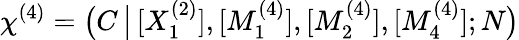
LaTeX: \chi^{(4)}=\big(C\, \big|\, [X_{1}^{(2)}],[M_{1}^{(4)}],[M_{2}^{(4)}],[M_{4}^{(4)}];N\big)